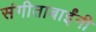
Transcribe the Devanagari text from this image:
संगीताबाईंनी